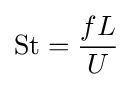
{\text{St}}={\frac {fL}{U}}